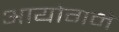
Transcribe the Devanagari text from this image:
आयोगने